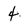
Character: 4